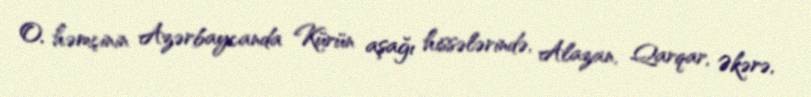
O, həmçinin Azərbaycanda Kürün aşağı hissələrində, Alazan, Qarqar, Əkərə,